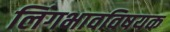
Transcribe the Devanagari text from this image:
लिंगभावविषयक